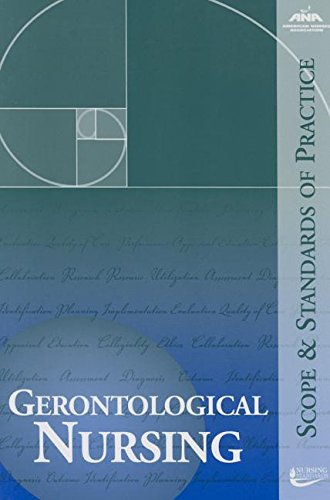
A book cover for Gerontological Nursing: Scope and Standards of Practice (Ana, Geronotological Nursing); Medical Books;